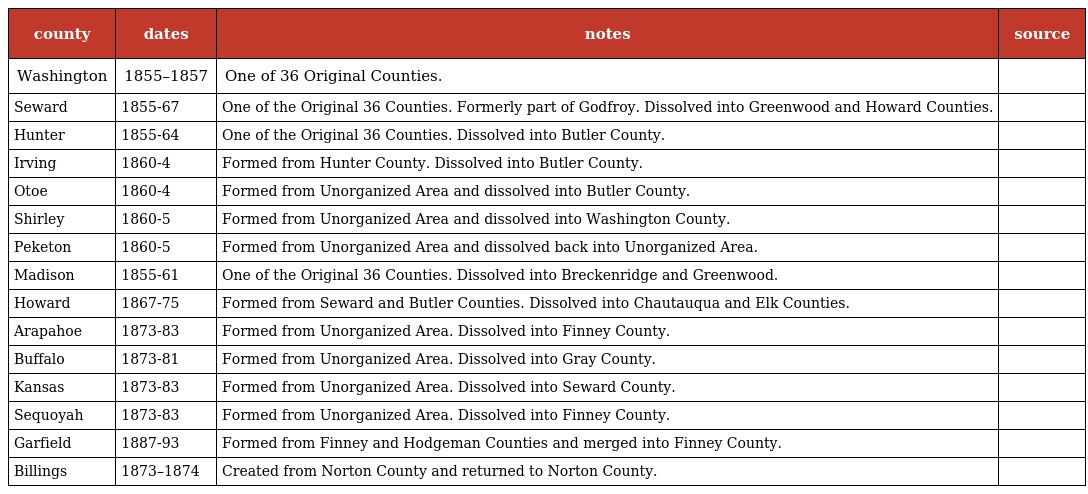
| county | dates | notes | source |
 | --- | --- | --- | --- |
 | Washington | 1855–1857 | One of 36 Original Counties. |  |
 | Seward | 1855-67 | One of the Original 36 Counties. Formerly part of Godfroy. Dissolved into Greenwood and Howard Counties. |  |
 | Hunter | 1855-64 | One of the Original 36 Counties. Dissolved into Butler County. |  |
 | Irving | 1860-4 | Formed from Hunter County. Dissolved into Butler County. |  |
 | Otoe | 1860-4 | Formed from Unorganized Area and dissolved into Butler County. |  |
 | Shirley | 1860-5 | Formed from Unorganized Area and dissolved into Washington County. |  |
 | Peketon | 1860-5 | Formed from Unorganized Area and dissolved back into Unorganized Area. |  |
 | Madison | 1855-61 | One of the Original 36 Counties. Dissolved into Breckenridge and Greenwood. |  |
 | Howard | 1867-75 | Formed from Seward and Butler Counties. Dissolved into Chautauqua and Elk Counties. |  |
 | Arapahoe | 1873-83 | Formed from Unorganized Area. Dissolved into Finney County. |  |
 | Buffalo | 1873-81 | Formed from Unorganized Area. Dissolved into Gray County. |  |
 | Kansas | 1873-83 | Formed from Unorganized Area. Dissolved into Seward County. |  |
 | Sequoyah | 1873-83 | Formed from Unorganized Area. Dissolved into Finney County. |  |
 | Garfield | 1887-93 | Formed from Finney and Hodgeman Counties and merged into Finney County. |  |
 | Billings | 1873–1874 | Created from Norton County and returned to Norton County. |  |